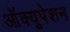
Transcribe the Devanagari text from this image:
आॅक्युपेशन